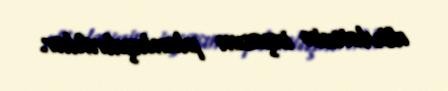
dövlətinin inşasını planlaşdırdılar.